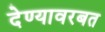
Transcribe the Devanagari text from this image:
देण्यावरबत